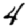
Digit: 4